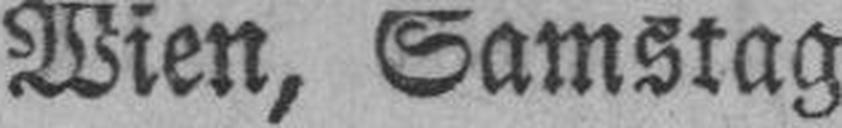
Wien, Samstag